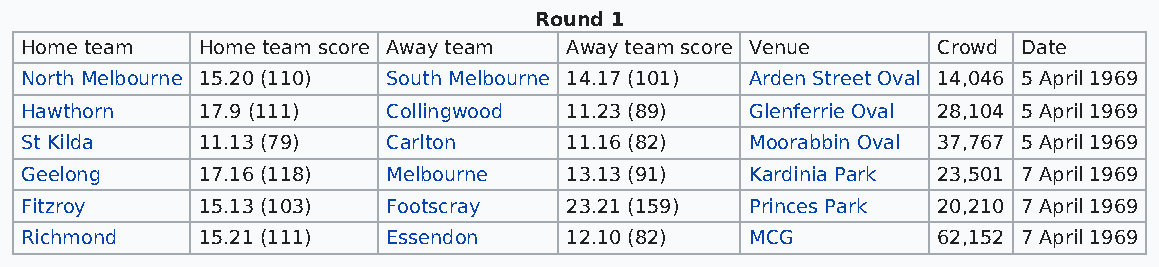
Round 1
 Home team   Home team score Away team Away team score Venue  Crowd Date
 North Melbourne 15.20 (110) South Melbourne 14.17 (101) Arden Street Oval 14,046 5 April 1969
 Hawthorn    17.9 (111)   Collingwood 11.23 (89)  Glenferrie Oval 28,104 5 April 1969
 St Kilda    11.13 (79)   Carlton    11.16 (82)   Moorabbin Oval 37,767 5 April 1969
 Geelong     17.16 (118)  Melbourne  13.13 (91)   Kardinia Park 23,501 7 April 1969
 Fitzroy     15.13 (103)  Footscray  23.21 (159)  Princes Park 20,210 7 April 1969
 Richmond    15.21 (111)  Essendon   12.10 (82)   MCG         62,152 7 April 1969